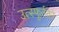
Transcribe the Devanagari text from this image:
उत्स्फूर्ततेने